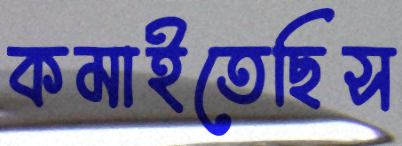
কমাইতেছিস